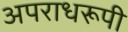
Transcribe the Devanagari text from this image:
अपराधरूपी